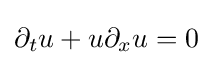
\displaystyle \partial _{t}u+u\partial _{x}u=0